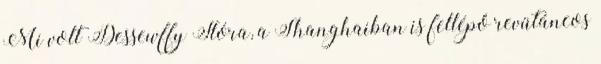
Mi volt Dessewffy Flóra, a Shanghaiban is fellépő revütáncos